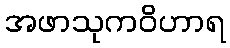
အဖာသုကဝိဟာရ